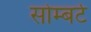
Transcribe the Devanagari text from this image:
सोम्बर्ट